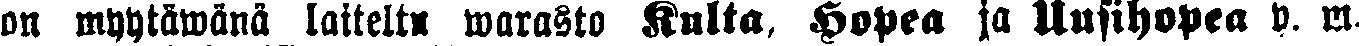
on myytävänä laiteltu warasto Kulta, Hopea ja Uusihopea y. m.